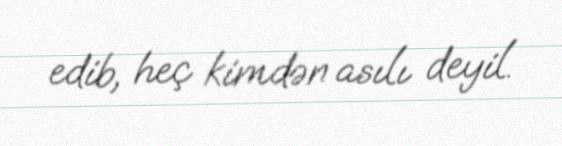
edib, heç kimdən asılı deyil.